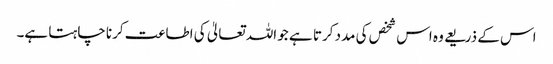
اس کے ذریعے وہ اس شخص کی مدد کرتا ہے جو اللہ تعالیٰ کی اطاعت کرنا چاہتا ہے۔